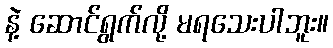
နဲ့ ဆောင်ရွက်လို့ မရသေးပါဘူး။